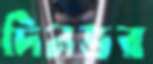
দিনভর